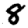
Digit: 8